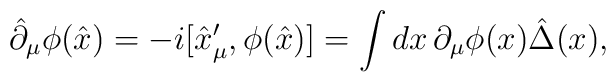
\hat{\partial}_\mu\phi(\hat{x})= -i[\hat{x}^\prime_\mu,\phi(\hat{x})]=\int dx\,\partial_\mu\phi(x) \hat{\Delta}(x),